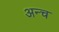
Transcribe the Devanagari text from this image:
अन्च